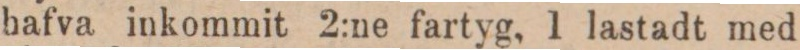
hafva inkommit 2:ne fartyg, 1 lastadt med